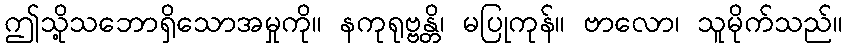
ဤသို့သဘောရှိသောအမှုကို။ နကုရုဗ္ဗန္တိ၊ မပြုကုန်။ ဗာလော၊ သူမိုက်သည်။